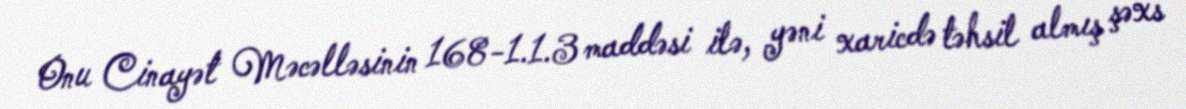
Onu Cinayət Məcəlləsinin 168-1.1.3 maddəsi ilə, yəni xaricdə təhsil almış şəxs